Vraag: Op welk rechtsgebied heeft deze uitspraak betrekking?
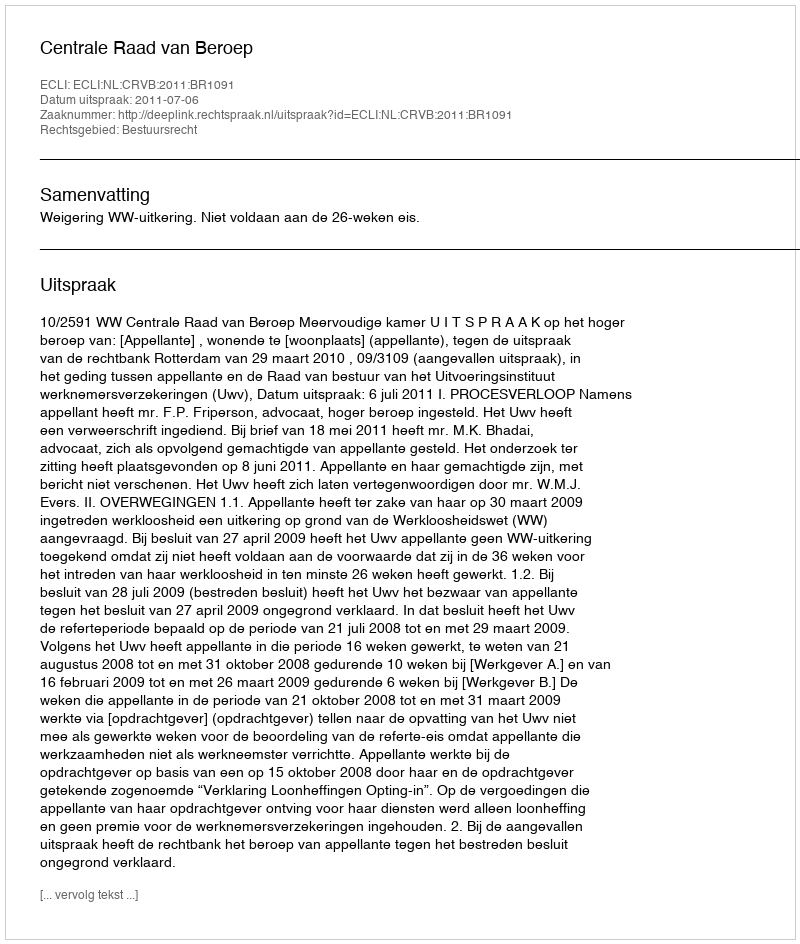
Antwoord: Bestuursrecht